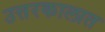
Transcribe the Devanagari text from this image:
उत्तरकालात